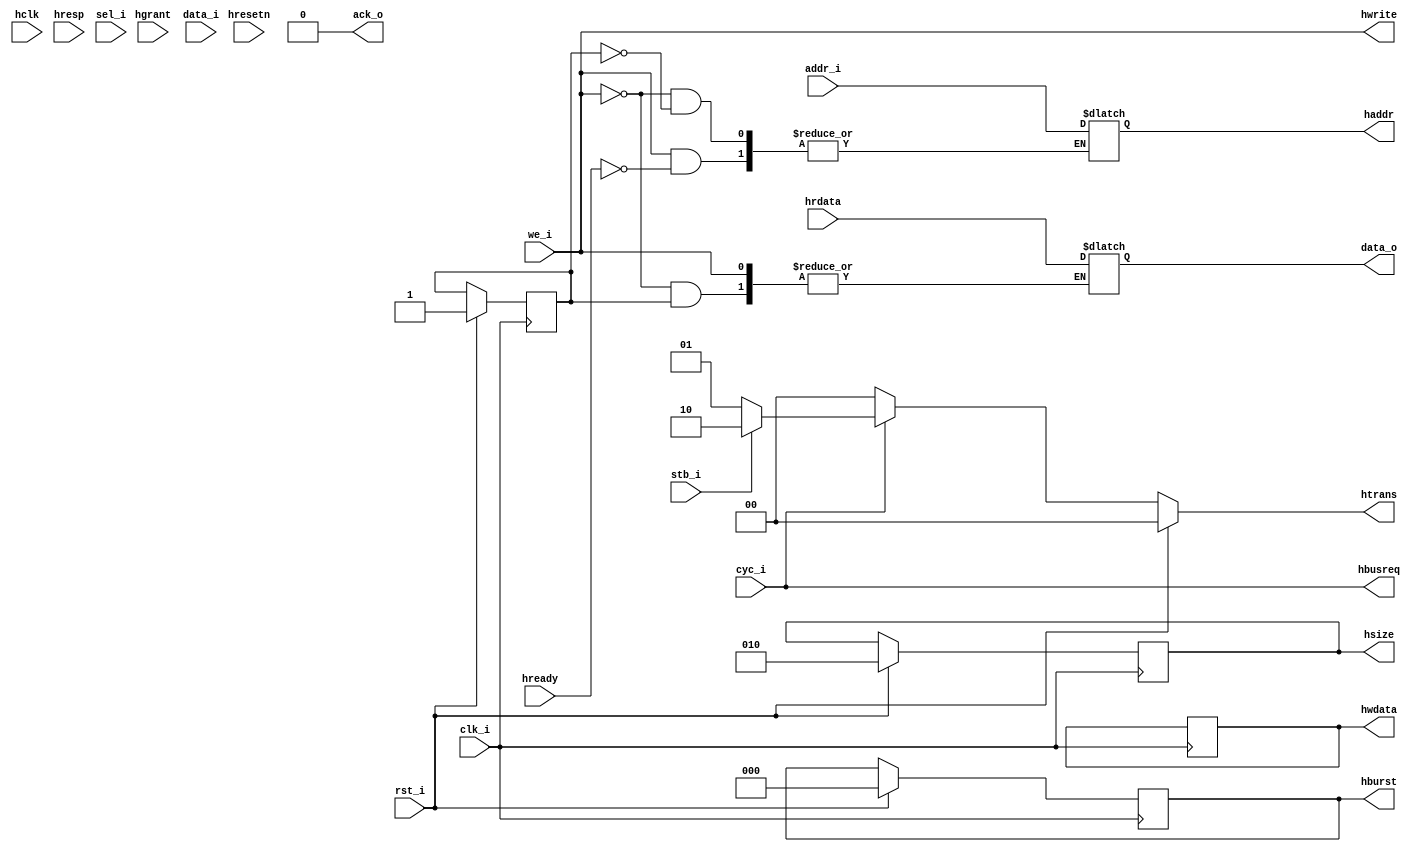

`timescale 1 ns / 1 ns
//DEFINES
//TOP MODULE

module AHBMAS_WBSLV_TOP ( 
  
  hclk,hresetn,
// AHB Master Interface (Connect to AHB Slave) 
  haddr,htrans,hwrite,hsize,
  hburst,hwdata,hrdata,hready,hresp,hbusreq,hgrant,

// WISHBONE Slave Interface (Connect to WB Master)
  data_o, data_i, addr_i,clk_i,rst_i,
  cyc_i, stb_i, sel_i, we_i, ack_o
);


//PARAMETER
	parameter AWIDTH = 32,DWIDTH = 32;//Address Width,Data Width
	
//INPUTS AND OUTPUTS	
// --------------------------------------
//Top level ports for AHB 
input hresetn;		 //AHB Clk 
input hclk;		 //AHB Active Low Reset

// AHB Master Interface (Connect to AHB Slave)
input [DWIDTH-1:0]hrdata;		//Read data bus

//Transfer Response	from AHB Slave
input [1:0]hresp;		
input hready;
input hgrant;

//Address and Control Signals
output [AWIDTH-1:0]haddr;		//Address
output hwrite;					//Write/Read Control 
output [2:0]hsize;				//Size of Data Control
output [2:0]hburst;				//Burst Control
output [31:0]hwdata;			//Write data bus
output [1:0]htrans;				//Transfer type
output hbusreq;


// --------------------------------------
// WISHBONE Slave Interface (Connect to WB Master)
output	[DWIDTH-1:0]		data_o;   //Wishbobe Data Ouput
output					ack_o;	   //Wishbone Acknowledge

input	[DWIDTH-1:0]		data_i;   //Wishbone Data Input
input	[AWIDTH-1:0]		addr_i;   //Wishbone Address Input
input					cyc_i;    //Wishbone Cycle Input
input 					stb_i;	//Wishbone Strobe Input
input	[3:0]			sel_i;	//Wishbone Selection Input
input					we_i;	   //Wishbone Write/Read Control
input					clk_i;	 //Wishbone Clk Input	
input					rst_i;	 //Wishbone Active High 
                       //Reset Input 

// datatype declaration
reg [AWIDTH-1:0]haddr;		
wire hwrite;
wire hbusreq;			
reg [2:0]hsize;		
reg [2:0]hburst;		
reg [31:0]hwdata;	
reg [1:0]htrans;		
reg	[DWIDTH-1:0]data_o;
reg	ack_o;

//SIGNAL DECLARATIONS
	reg flag;
	reg hready_temp;
    reg hgrant_temp;

//*******************************************************************
// WISHBONE logic Write and Read Operation
//*******************************************************************

//ASSIGN STATEMENTS
assign #2 hwrite = we_i;
assign #2 hbusreq = cyc_i; //implementetion of hbusreq


//Sysncronous Reset
always @ (posedge clk_i) 
	begin
	//implementetion using hgrant
	if (hgrant) begin 
         hgrant_temp<= hgrant;
        end
	if (rst_i) begin
			hsize = 3'b010;		//Size of Data Control
			hburst = 3'b000;		//Burst Control
			hgrant_temp <= 'b0;
			flag <= 'b1;
		         end
	
//Write Operation : Wait for a valid Cycle, 
//Strobe and Active High Write enable signal
   else if ( hgrant_temp) begin
		     if (cyc_i & stb_i) begin
				if (we_i) begin //Write Cycle: No Need To Check 
				                //for hready signal for data to be send out
					hwdata <= data_i;
			    end
//Read Operation : Wait for a valid Cycle, Strobe and
// Active Low Write enable signal
			 else begin		//	Read Cycle
				if (hready) begin
					if(flag) begin
						flag <=  'b0;
						end
					else begin
						flag <=  'b1;
						end		
				end
					
			end
		end
    end
		else begin
		ack_o<='b0;
		//hwdata <= data_i;//when stb goes active low 
		//send asyncronously the data
		end
end

always @ (we_i or stb_i or addr_i or flag or hready or hrdata or hgrant) begin
	if(we_i) begin
		if (hready) begin
			haddr <= addr_i;
		end
	end
	else begin 
		if (flag) begin
			haddr <= addr_i;	  //During Flag set Accept Address
			
			end
		else begin
			data_o <= #2 hrdata;	  //During Flag reset Accept Data
			end
	end
end

//Logic for Acknowledge from Wishbone Slave
always @(we_i or addr_i or hrdata or hready or flag )  begin
	if (rst_i) begin
		ack_o<='b0;
		end
	else if (we_i) begin
		ack_o <= hgrant_temp & hready;
        // hgrant_temp <= 'b0;
        end
	else
		ack_o<=!flag & hready & hgrant_temp;
        #2 hgrant_temp <= 'b0;
	end

//Logic for Transfer Type 
always @(cyc_i or stb_i or clk_i) begin
	if (rst_i) begin
		htrans<=2'b00;
		end
	else if (cyc_i) begin
		if (stb_i) begin
			htrans <= 2'b10;	//Transfer type Non Sequential
		end
		else begin
			htrans <= 2'b01;	//Transfer type Busy
		end
	end
	else begin
	htrans<=2'b00;	//Transfer type Idle 
	end
end


endmodule